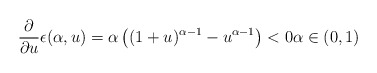
\begin{align*}\frac{\partial}{\partial u} \epsilon(\alpha, u) = \alpha \left( (1+u)^{\alpha-1} - u^{\alpha-1}\right) <0 \alpha\in(0,1)\end{align*}